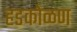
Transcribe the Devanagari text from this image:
हडकोळण